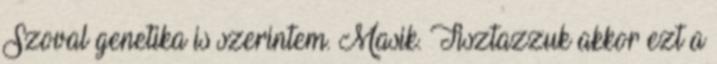
Szoval genetika is szerintem. Masik. Tisztazzuk akkor ezt a